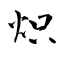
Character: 炽